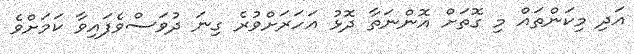
އަދި މިކަންތައް މި ގޮތަށް އޮންނަތާ ދޮޅު އަހަރަށްވުރެ ގިނަ ދުވަސްވެފައިވާ ކަމަށްވެ